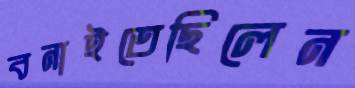
বনাইতেছিলেন